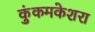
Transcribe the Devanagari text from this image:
कुंकमकेशरा